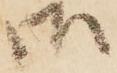
御